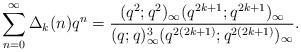
LaTeX: \begin{align*}\sum_{n=0}^{\infty}\Delta_{k}(n)q^{n}=\dfrac{(q^{2};q^{2})_{\infty}(q^{2k+1};q^{2k+1})_{\infty}}{(q;q)_{\infty}^3(q^{2(2k+1)};q^{2(2k+1)})_{\infty}}.\end{align*}